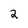
Character: 2